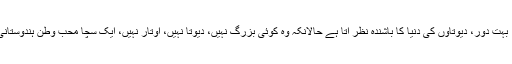
اپنی سوچ کے اعتبار سے بظاہر وہ حقیقت کی دُنیا سے دُور، بہت دُور، دیوتاؤں کی دنیا کا باشندہ نظر آتا ہے حالانکہ وہ کوئی بزرگ نہیں، دیوتا نہیں، اوتار نہیں، ایک سچا محب وطن ہندوستانی ہے جس کے کردار میں بیشتر درویشانہ صفات موجود ہیں۔